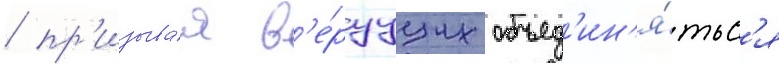
/ пр'изыва́я в'е́руущих объед'ин'я́тьс'я